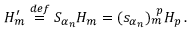
H _ { m } ^ { \prime } \stackrel { d e f } { = } S _ { \alpha _ { n } } H _ { m } = ( s _ { \alpha _ { n } } ) _ { m } ^ { ~ p } H _ { p } \, .